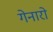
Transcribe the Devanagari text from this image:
गेनारो